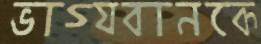
ভাগ্যবানকে